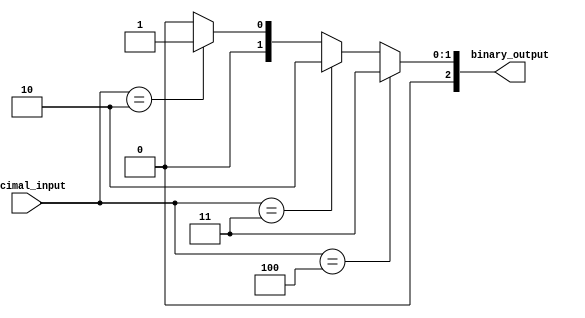
module decimal_priority_encoder(
    input [3:0] decimal_input,
    output [2:0] binary_output
);

assign binary_output = (decimal_input == 4) ? 3 :
                       (decimal_input == 3) ? 2 :
                       (decimal_input == 2) ? 1 :
                       (decimal_input == 1) ? 0 :
                       3'b000;

endmodule